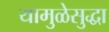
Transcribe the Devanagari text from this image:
यामुळेसुद्धा